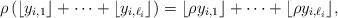
LaTeX: \begin{align*}\rho\left(\lfloor y_{i,1}\rfloor+\cdots+\lfloor y_{i,\ell_i}\rfloor\right)=\lfloor \rho y_{i,1}\rfloor+\cdots+\lfloor \rho y_{i,\ell_i}\rfloor,\end{align*}